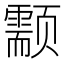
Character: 颥